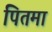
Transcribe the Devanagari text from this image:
पितमा